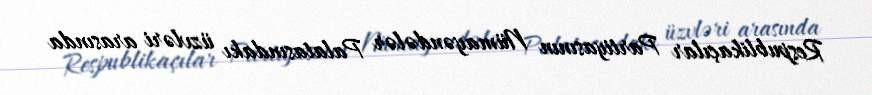
Respublikaçılar Partiyasının Nümayəndələr Palatasındakı üzvləri arasında